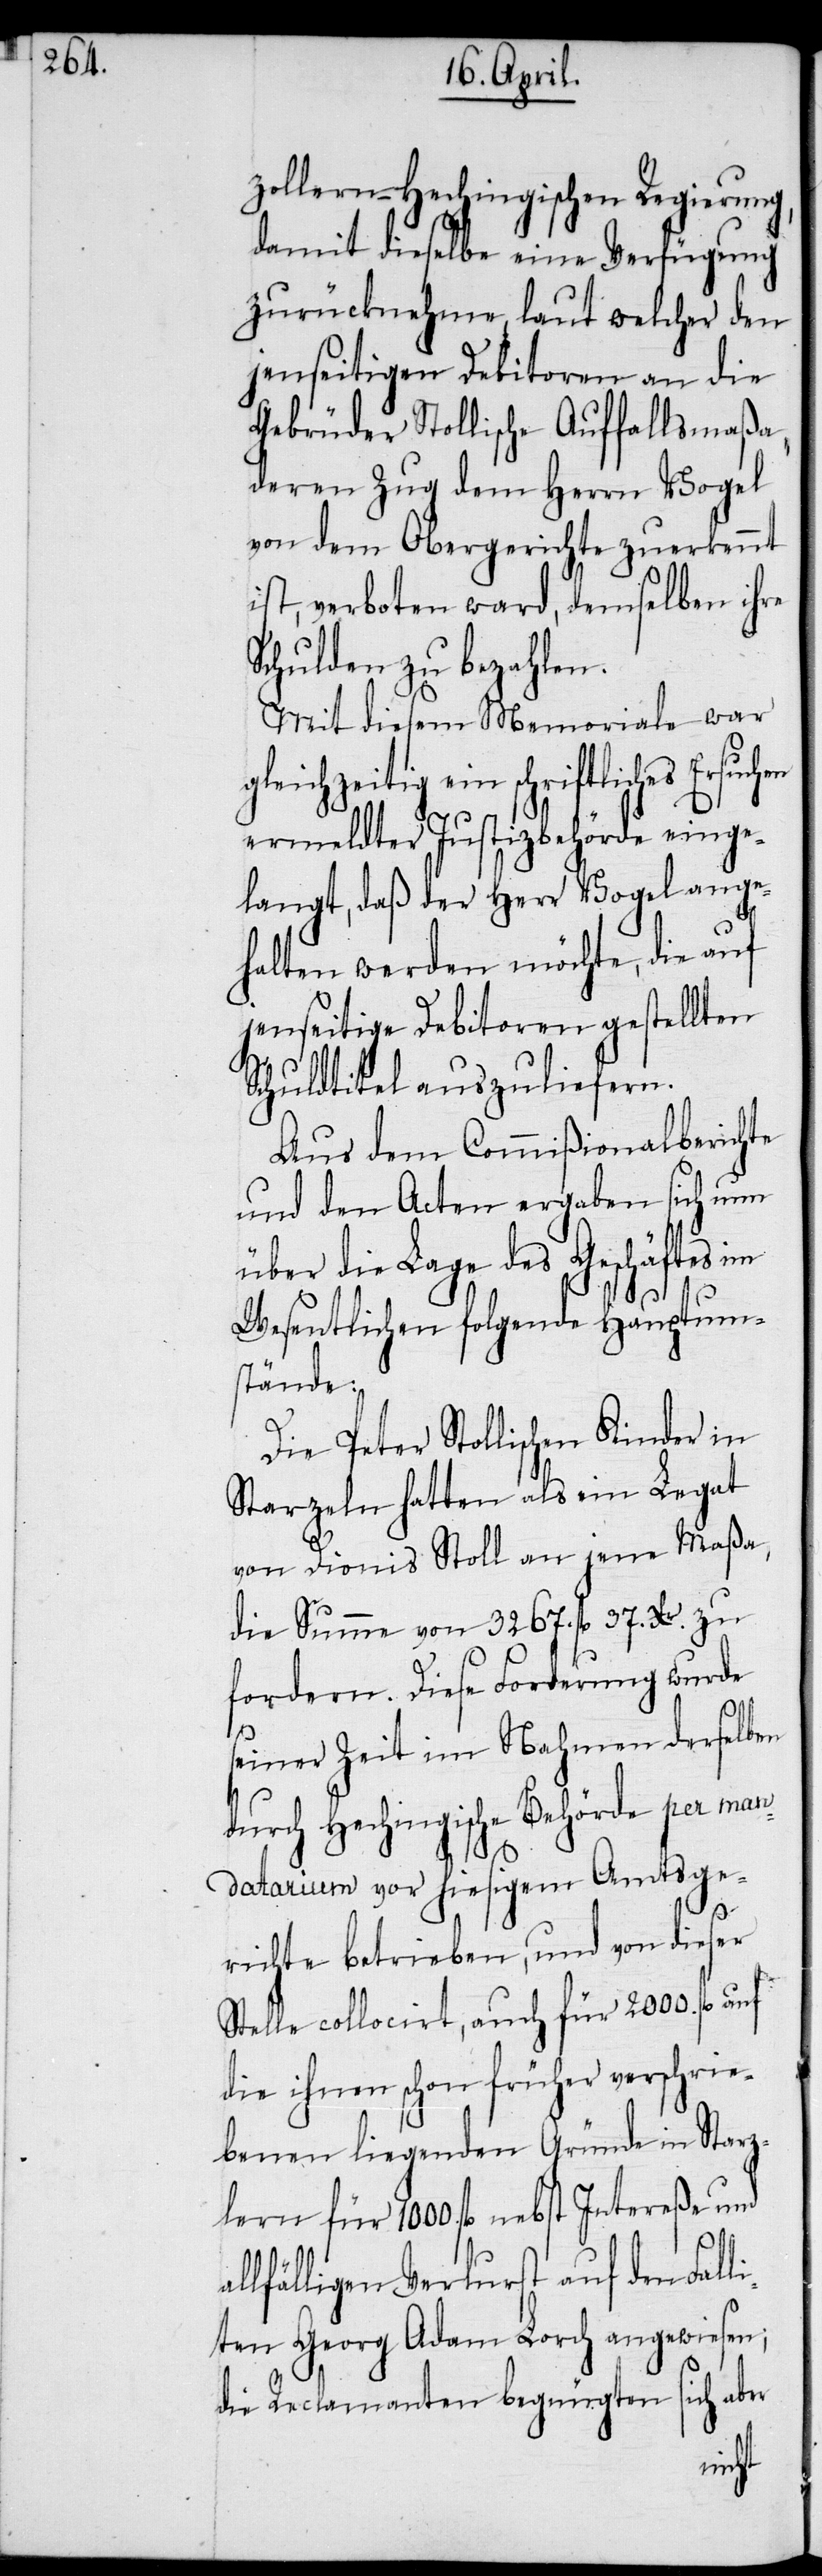
a¬

zollern-Hechingischen Regierung,
damit dieselbe eine Verfügung
zurücknehme, laut welcher den
jenseitigen Debitoren an die
Gebrüder Stollische Auffallsmaßa,
deren Zug dem Herrn Vogel
von dem Obergerichte zuerkennt
ist, verboten ward, demselben ihre
Schulden zu bezahlen.
Mit diesem Memoriale war
gleichzeitig ein schriftliches Ersuch¬
ermeldter Justizbehörde einge¬
langt, daß der Herr Vogel ange¬
halten werden möchte, die auf
jenseitige Debitoren gestellten
Schuldtitel auszuliefern.
Aus dem Commißionalberichte
und den Acten ergaben sich nun
über die Lage des Geschäftes im
Wesentlichen folgende Hauptum¬
stände.
Die Peter Stollischen Kinder in
Starzeln hatten als ein Legat
von Dionis Stoll an jene Maßa,
die Summe von 3267. fl 37. Xr. zu
fordern. Diese Forderung wurde
seiner Zeit im Nahmen derselben
durch Hechingische Behörde per man¬
datarium vor hiesigem Amtsge¬
richte betrieben, und von dieser
Stelle collocirt, auch für 2000. fl
die ihnen schon früher verschrie¬
benen liegenden Gründe in Starz¬
lern für 1000. fl. nebst Intereße und
llfälligen Verlurst auf den Fall¬
iten Georg Adam Lorch angewiesen;
die Reclamanten begnügten sich aber